Bombay plague: being a history of the progress of plague in the Bombay presidency from September 1896 to June 1899
Year: 1896
Disease focus: Plague
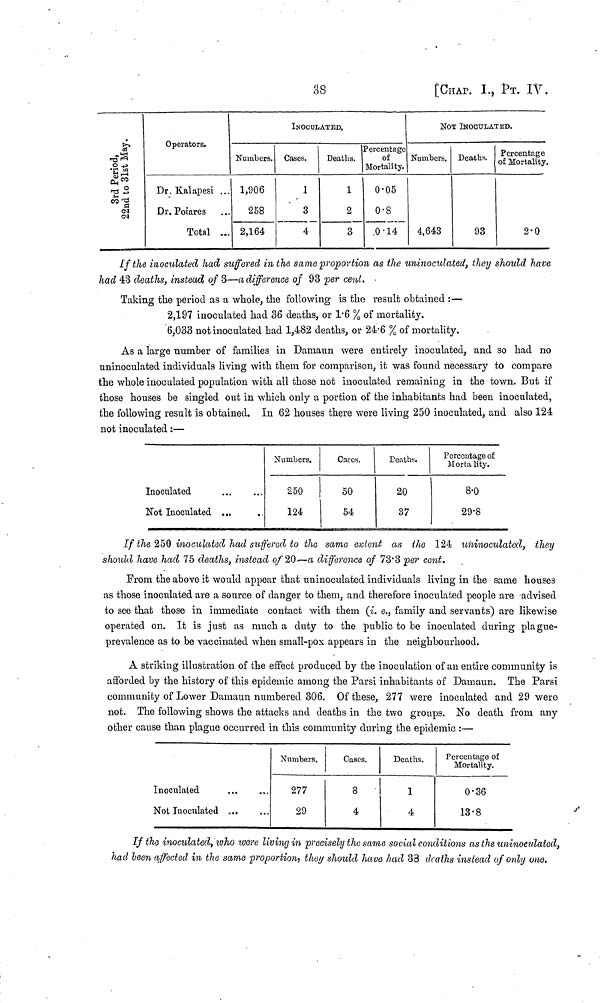
38
[CHAP. i., ΡT. IV.
3rd Period,
22nd to 31st May.
Operators.
Dr. Kalapesi ...
Dr. Poiares
Total ...
Numbers.
1,906
258
2,164
INOCULATED.
Cases.
1
3
4
Deaths.
1
2
3
Percentage
of
Mortality,
0.05
0.8
0.14
NOT INOCULATED.
Numbers.
4,643
Deaths.
93
Percentage
of Mortality.
2.0
If the inoculated had suffered in the same proportion as the uninoculated, they should have
had 43 deaths, instead of 3—a difference of 93 per cent. ·
Taking the period as a whole, the following is the result obtained :—
2,197 inoculated had 36 deaths, or 1.6 % of mortality.
6,033 not inoculated had 1,482 deaths, or 24.6 % of mortality.
As a large number of families in Damaun were entirely inoculated, and so had no
uninoculated individuals living with them for comparison, it was found necessary to compare
the whole inoculated population with all those not inoculated remaining in the town. But if
those houses be singled out in which only a portion of the inhabitants had been inoculated,
the following result is obtained. In 62 houses there were living 250 inoculated, and also 124
not inoculated :—
Inoculated
Not Inoculated ...
Numbers.
250
124
Cases.
50
54
Deaths.
20
37
Percentage of
Mortality.
8.0
29.8
If the 250 inoculated had suffered to the same extent as the 124 uninoculated, they
should have had 75 deaths, instead of 20—a difference of 73.3 per cent.
From the above it would appear that uninoculated individuals living in the same houses
as those inoculated are a source of danger to them, and therefore inoculated people are advised
to see that those in immediate contact with them (i. e., family and servants) are likewise
operated on. It is just as much a duty to the public to be inoculated during plague-
prevalence as to be vaccinated when small-pox appears in the neighbourhood.
A striking illustration of the effect produced by the inoculation of an entire community is
afforded by the history of this epidemic among the Parsi inhabitants of Damaun. The Parsi
community of Lower Damaun numbered 306. Of these, 277 were inoculated and 29 were
not.
The following shows the attacks and deaths in the two groups. No death from any
other cause than plague occurred in this community during the epidemic :—
Inoculated
Not Inoculated
Numbers.
277
29
Cases.
8
4
Deaths.
1
4
Percentage of
Mortality.
0.36
13.8
If the inoculated, who were living in precisely the same social conditions as the uninoculated,
had leen affected in the same proportion, they should have had 33 deaths instead of only one.